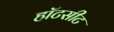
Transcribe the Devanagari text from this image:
हॉटसीट